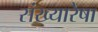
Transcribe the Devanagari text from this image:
संख्यारेषा